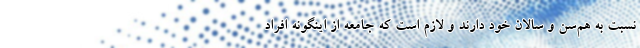
نسبت به هم‌سن و سالان خود دارند و لازم است که جامعه از اینگونه افراد